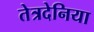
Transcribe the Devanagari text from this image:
तेत्रदेनिया